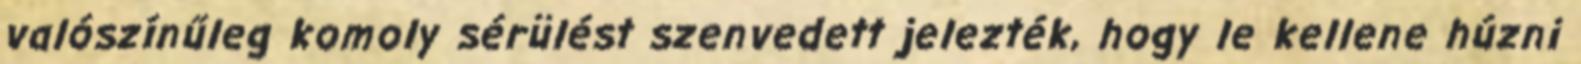
valószínűleg komoly sérülést szenvedett jelezték, hogy le kellene húzni